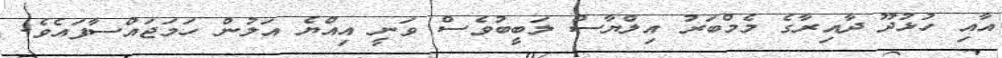
އާއި ހުޅުދޫ ދާއިރާގެ މެމްބަރު އިލްޔާސް ލަބީބުވެސް ވަނީ އިއްޔެ އަލުން ހަމަޖައްސާފައެވެ.